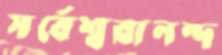
সর্বেশ্বরানন্দ